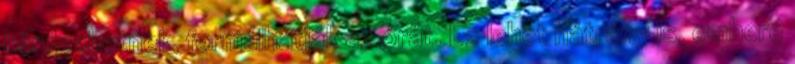
kérdezhetnek, formálhatják az órát. Ez lehet hátrány is, embere